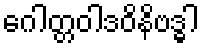
ဂေါတ္တဝါဒဝိနိဗဒ္ဓါ